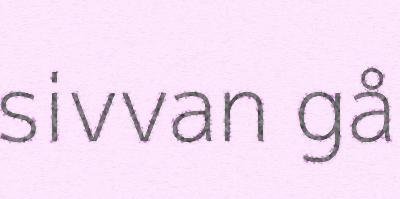
sivvan gå